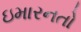
ઇમારનતો